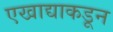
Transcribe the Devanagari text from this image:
एखाद्याकडून